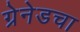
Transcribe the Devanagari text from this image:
ग्रेनेडचा